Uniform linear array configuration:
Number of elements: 48
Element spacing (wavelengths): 0.75
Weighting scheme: uniform
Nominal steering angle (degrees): -60
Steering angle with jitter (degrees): -61.677
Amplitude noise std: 0.05
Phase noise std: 0.05

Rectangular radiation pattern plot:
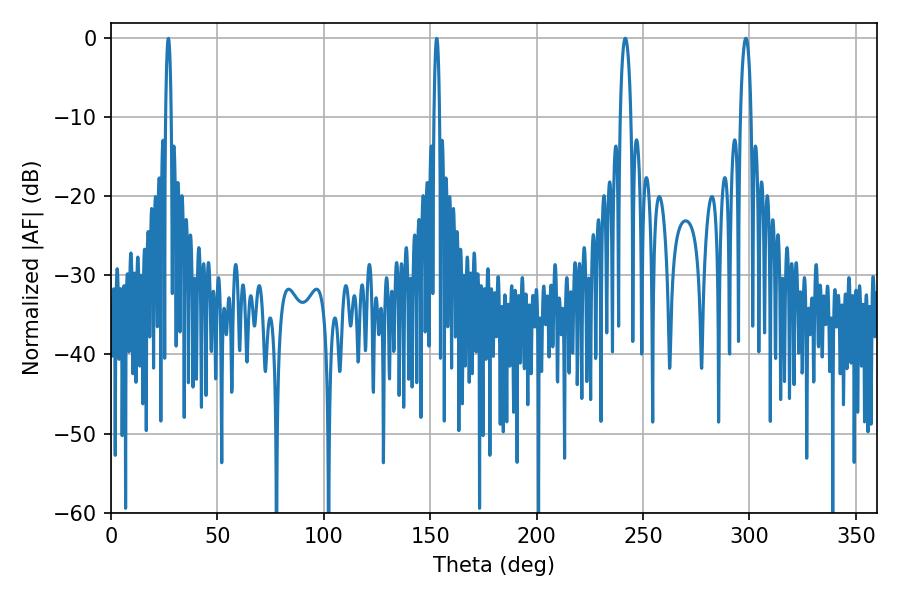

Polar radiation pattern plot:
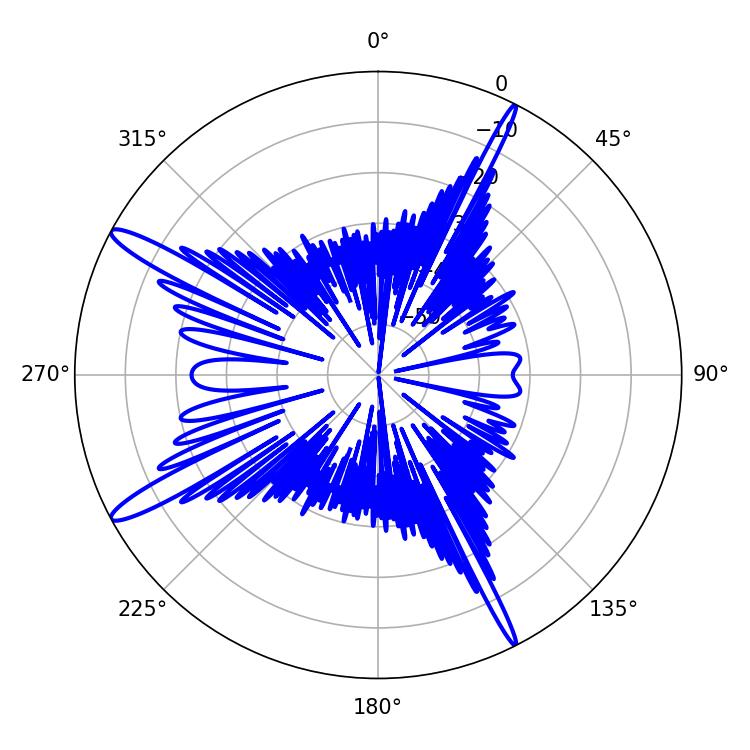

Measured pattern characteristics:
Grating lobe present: TRUE
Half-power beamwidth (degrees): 2.88
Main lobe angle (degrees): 298.26